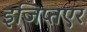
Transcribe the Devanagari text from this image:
इजिप्तएर